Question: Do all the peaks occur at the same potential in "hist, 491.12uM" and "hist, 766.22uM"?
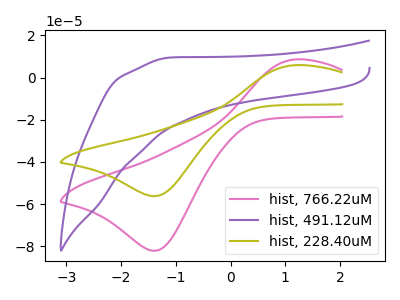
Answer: <think>The pink curve "hist, 766.22uM" has an anodic peak at (1.20V, 8.65uA) and a cathodic peak at (-1.35V, -82.10uA). The purple curve "hist, 491.12uM" has no peaks. The olive curve "hist, 228.40uM" has an anodic peak at (1.20V, 5.95uA) and a cathodic peak at (-1.35V, -56.20uA).</think>
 <answer>No, "hist, 491.12uM" and "hist, 766.22uM" have a different number of peaks.</answer>
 <eval>different_amount</eval>